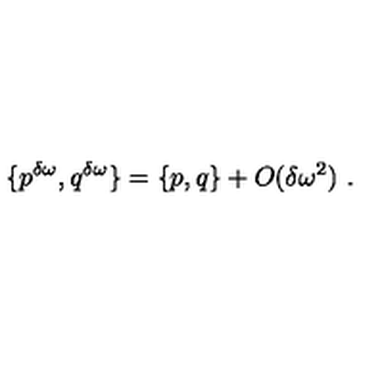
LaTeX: \{ p ^ { \delta \omega } , q ^ { \delta \omega } \} = \{ p , q \} + O ( \delta \omega ^ { 2 } ) \ .